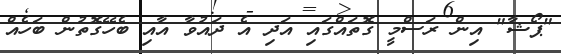
"ޕޯޝާ" އިން ރަސްމީ ގޮތައްގައި އަދި އެ ދައުވާ އާއި ބެހޭގޮތުން ބަހެއް